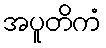
အပူတိကံ